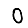
Digit: 0